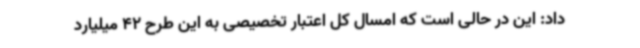
داد: این در حالی است که امسال کل اعتبار تخصیصی به این طرح 42 میلیارد